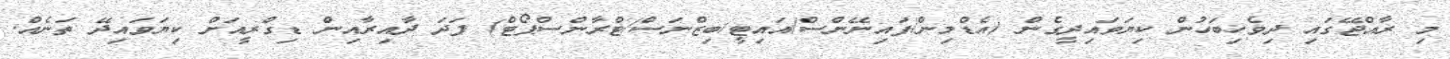
މި ރާއްޖޭގައި ދިވެހިބަހުން ކިޔަވައިދީގެން (އެޑްމިން/ފައިނޭންސް/އައިޓީ/ބިޒްނަސް/ޓްރާންސްޕޯޓް) ފަދަ ދާއިރާއިން ޑިގްރީއަށް ކިޔަވައިދޭ ތަނެއް.